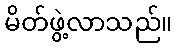
မိတ်ဖွဲ့လာသည်။